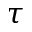
\tau